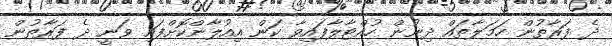
ދެ ފަރާތުން ހަމަލާތައް ދިނުން ހުއްޓާލާފައިވާ ކަން އިއުލާންކޮށްފައި ވަނީ ދެ ފަރާތުން